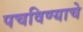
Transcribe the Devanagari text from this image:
पचविण्याचे